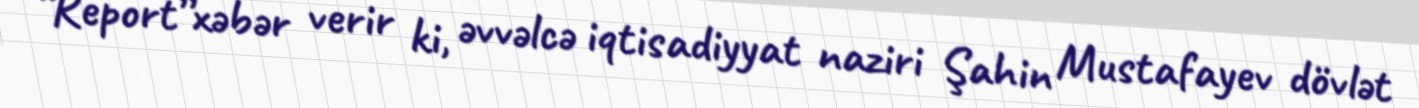
“Report”xəbər verir ki, əvvəlcə iqtisadiyyat naziri Şahin Mustafayev dövlət